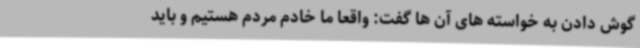
گوش دادن به خواسته های آن ها گفت: واقعا ما خادم مردم هستیم و باید